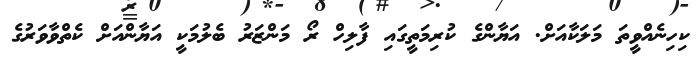
ކިހިނެއްވީތަ މަލަކާއަށް. އަޔާންގެ ކުރިމަތީގައި ފާލިހް ރޯ މަންޒަރު ބެލުމަކީ އަޔާންއަށް ކެތްވާވަރުގެ